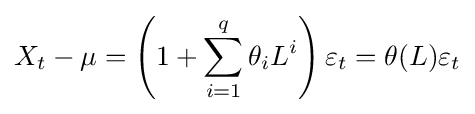
X_{t}-\mu =\left(1+\sum _{i=1}^{q}\theta _{i}L^{i}\right)\varepsilon _{t}=\theta (L)\varepsilon _{t}